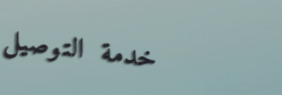
خدمة التوصيل